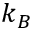
k _ { B }